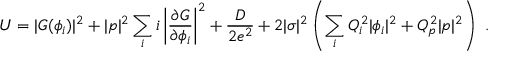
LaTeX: U = | G ( \phi _ { i } ) | ^ { 2 } + | p | ^ { 2 } \sum _ { i } i \left| \frac { \partial G } { \partial \phi _ { i } } \right| ^ { 2 } + \frac { D } { 2 e ^ { 2 } } + 2 | \sigma | ^ { 2 } \left( \sum _ { i } Q _ { i } ^ { 2 } | \phi _ { i } | ^ { 2 } + Q _ { p } ^ { 2 } | p | ^ { 2 } \right) \ .